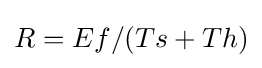
R=Ef/(Ts+Th)